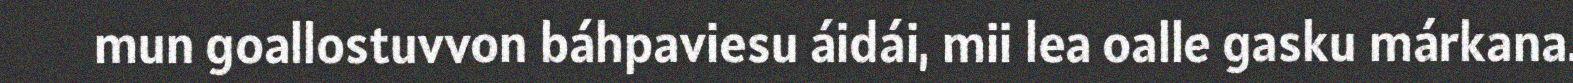
mun goallostuvvon báhpaviesu áidái, mii lea oalle gasku márkana.